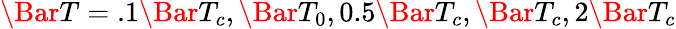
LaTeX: \Bar{T}=.1\Bar{T}_{c},\Bar{T}_{0},0.5\Bar{T}_{c},\Bar{T}_{c},2\Bar{T}_{c}